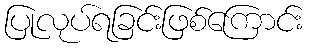
ပြုလုပ်ရခြင်းဖြစ်ကြောင်း